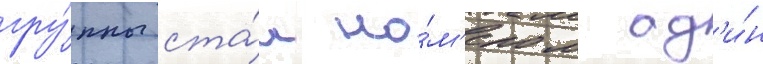
гру́ппы ста́л но́м'ером од'и́н